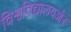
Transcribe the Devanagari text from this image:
विश्वविद्यालयऔर